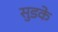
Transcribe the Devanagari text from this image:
सुडके